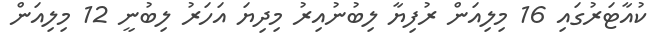
ކުއާޓަރުގައި 16 މިލިއަން ރުފިޔާ ލިބުނުއިރު މިދިޔަ އަހަރު ލިބުނީ 12 މިލިއަން